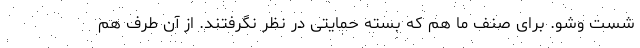
شست وشو. برای صنف ما هم که بسته حمایتی در نظر نگرفتند. از آن طرف هم